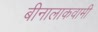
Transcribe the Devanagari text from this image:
बीनालाकवामी